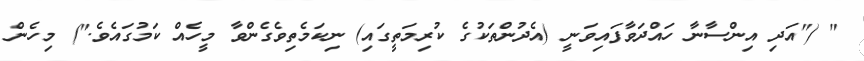
" ("އަދި އިންސާނާ ހައްދަވާފައިވަނީ (އެދުންތަކުގެ ކުރިމަތީގައި) ނިކަމެތިވެގެންވާ މީހެއް ކަމުގައެވެ.") މިހެން